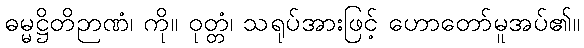
ဓမ္မဋ္ဌိတိဉာဏံ၊ ကို။ ဝုတ္တံ၊ သရုပ်အားဖြင့် ဟောတော်မူအပ်၏။